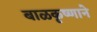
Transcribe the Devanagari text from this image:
बाळकृष्णाने